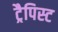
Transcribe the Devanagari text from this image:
ट्रैपिस्ट